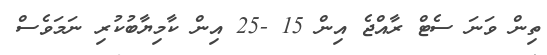
ތިން ވަނަ ސެޓް ރާއްޖެ އިން 15 -25 އިން ކާމިޔާބުކުރި ނަމަވެސް